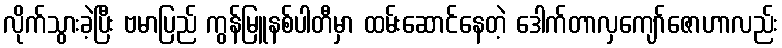
လိုက်သွားခဲ့ပြီး ဗမာပြည် ကွန်မြူနစ်ပါတီမှာ ထမ်းဆောင်နေတဲ့ ဒေါက်တာလှကျော်ဇောဟာလည်း